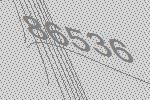
86536